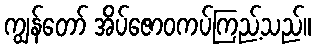
ကျွန်တော် အိပ်ဇောဝကပ်ကြည့်သည်။